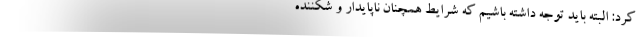
کرد: البته باید توجه داشته باشیم که شرایط همچنان ناپایدار و شکننده